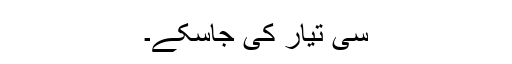
سی تیار کی جاسکے۔